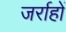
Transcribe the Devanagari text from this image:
जर्राहों